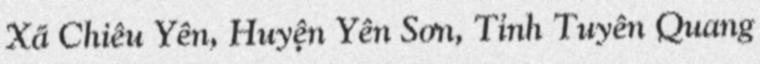
Xã Chiêu Yên, Huyện Yên Sơn, Tỉnh Tuyên Quang